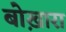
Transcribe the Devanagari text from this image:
बोख़ारा